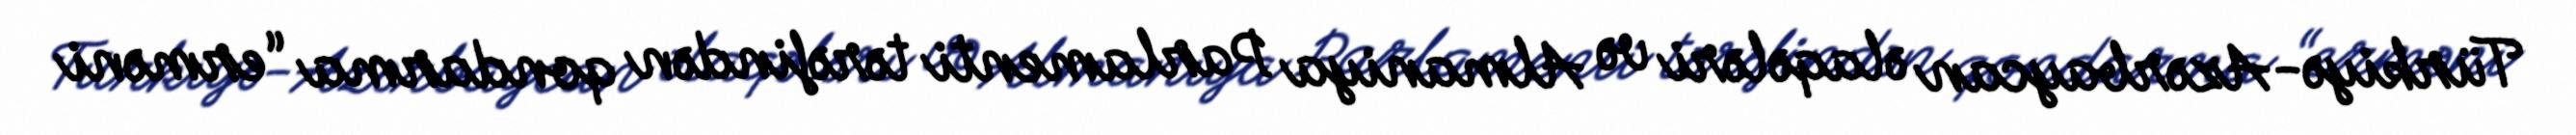
Türkiyə-Azərbaycan əlaqələri və Almaniya Parlamenti tərəfindən qondarma “erməni